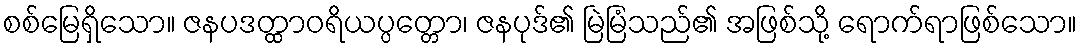
စစ်မြေရှိသော။ ဇနပဒတ္ထာဝရိယပ္ပတ္တော၊ ဇနပုဒ်၏ မြဲမြံသည်၏ အဖြစ်သို့ ရောက်ရာဖြစ်သော။